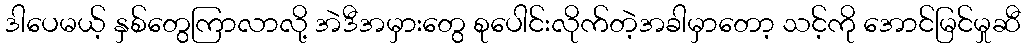
ဒါပေမယ့် နှစ်တွေကြာလာလို့ အဲဒီအမှားတွေ စုပေါင်းလိုက်တဲ့အခါမှာတော့ သင့်ကို အောင်မြင်မှုဆီ